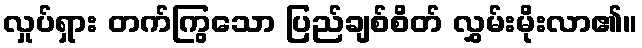
လှုပ်ရှား တက်ကြွသော ပြည်ချစ်စိတ် လွှမ်းမိုးလာ၏။